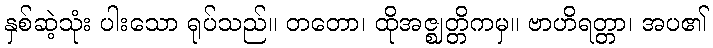
နှစ်ဆဲ့သုံး ပါးသော ရုပ်သည်။ တတော၊ ထိုအဇ္ဈတ္တိကမှ။ ဗာဟိရတ္တာ၊ အပ၏